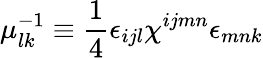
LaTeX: \mu_{lk}^{-1}\equiv\frac{1}{4}\epsilon_{ijl}\chi^{ijmn}\epsilon_{mnk}